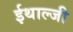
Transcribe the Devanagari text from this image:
ईथाल्जी